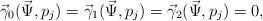
LaTeX: \begin{align*} &\vec{\gamma}_0(\vec{\Psi},p_j)=\vec{\gamma}_1(\vec{\Psi},p_j)=\vec{\gamma}_2(\vec{\Psi},p_j)=0, \end{align*}